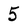
Character: 5